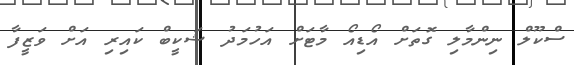
ސްކޫލް ނިންމާލި ގޮތަށް އޯޑިއޯ މާޓަށް އަހުމަދު ޝަކީބް ކައިރި އަށް ވަޒީފާ